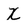
Character: X